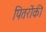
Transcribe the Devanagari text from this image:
पितरोंकी